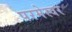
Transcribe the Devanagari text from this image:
परमेस्वर